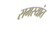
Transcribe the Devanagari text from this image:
समस्यांत